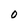
Character: 0